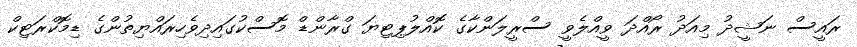
ރައީސް ނަޝީދު މިއަދު ރޯއްދަ ވީއްލެވީ ސްރީލަންކާގެ ކޮއްލުޕިޓިޔަ ގްރާންޑް މޮސްކުގައިދިވެހިރައްޔިތުންގެ ޑިމޮކްރަޓިކް